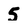
Character: 5